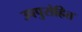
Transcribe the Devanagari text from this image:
उपपुरोहित